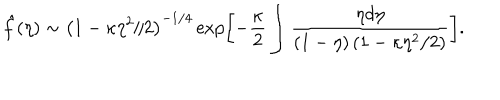
\hat { f } ( \eta ) \sim \left( 1 - \kappa \eta ^ { 2 } / 2 \right) ^ { - 1 / 4 } \exp \left[ - \frac { \kappa } 2 \int \frac { \eta d \eta } { ( 1 - \eta ) \left( 1 - \kappa \eta ^ { 2 } / 2 \right) } \right] .